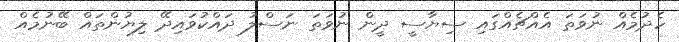
ހެދުމެއް ނުވަތަ އެއްޗެއްގައި ސިޔާސީ ދީން ނުވަތަ ނަސްލު ދައްކުވައިދޭ ލިޔުންތައް ބޭނުމެއް